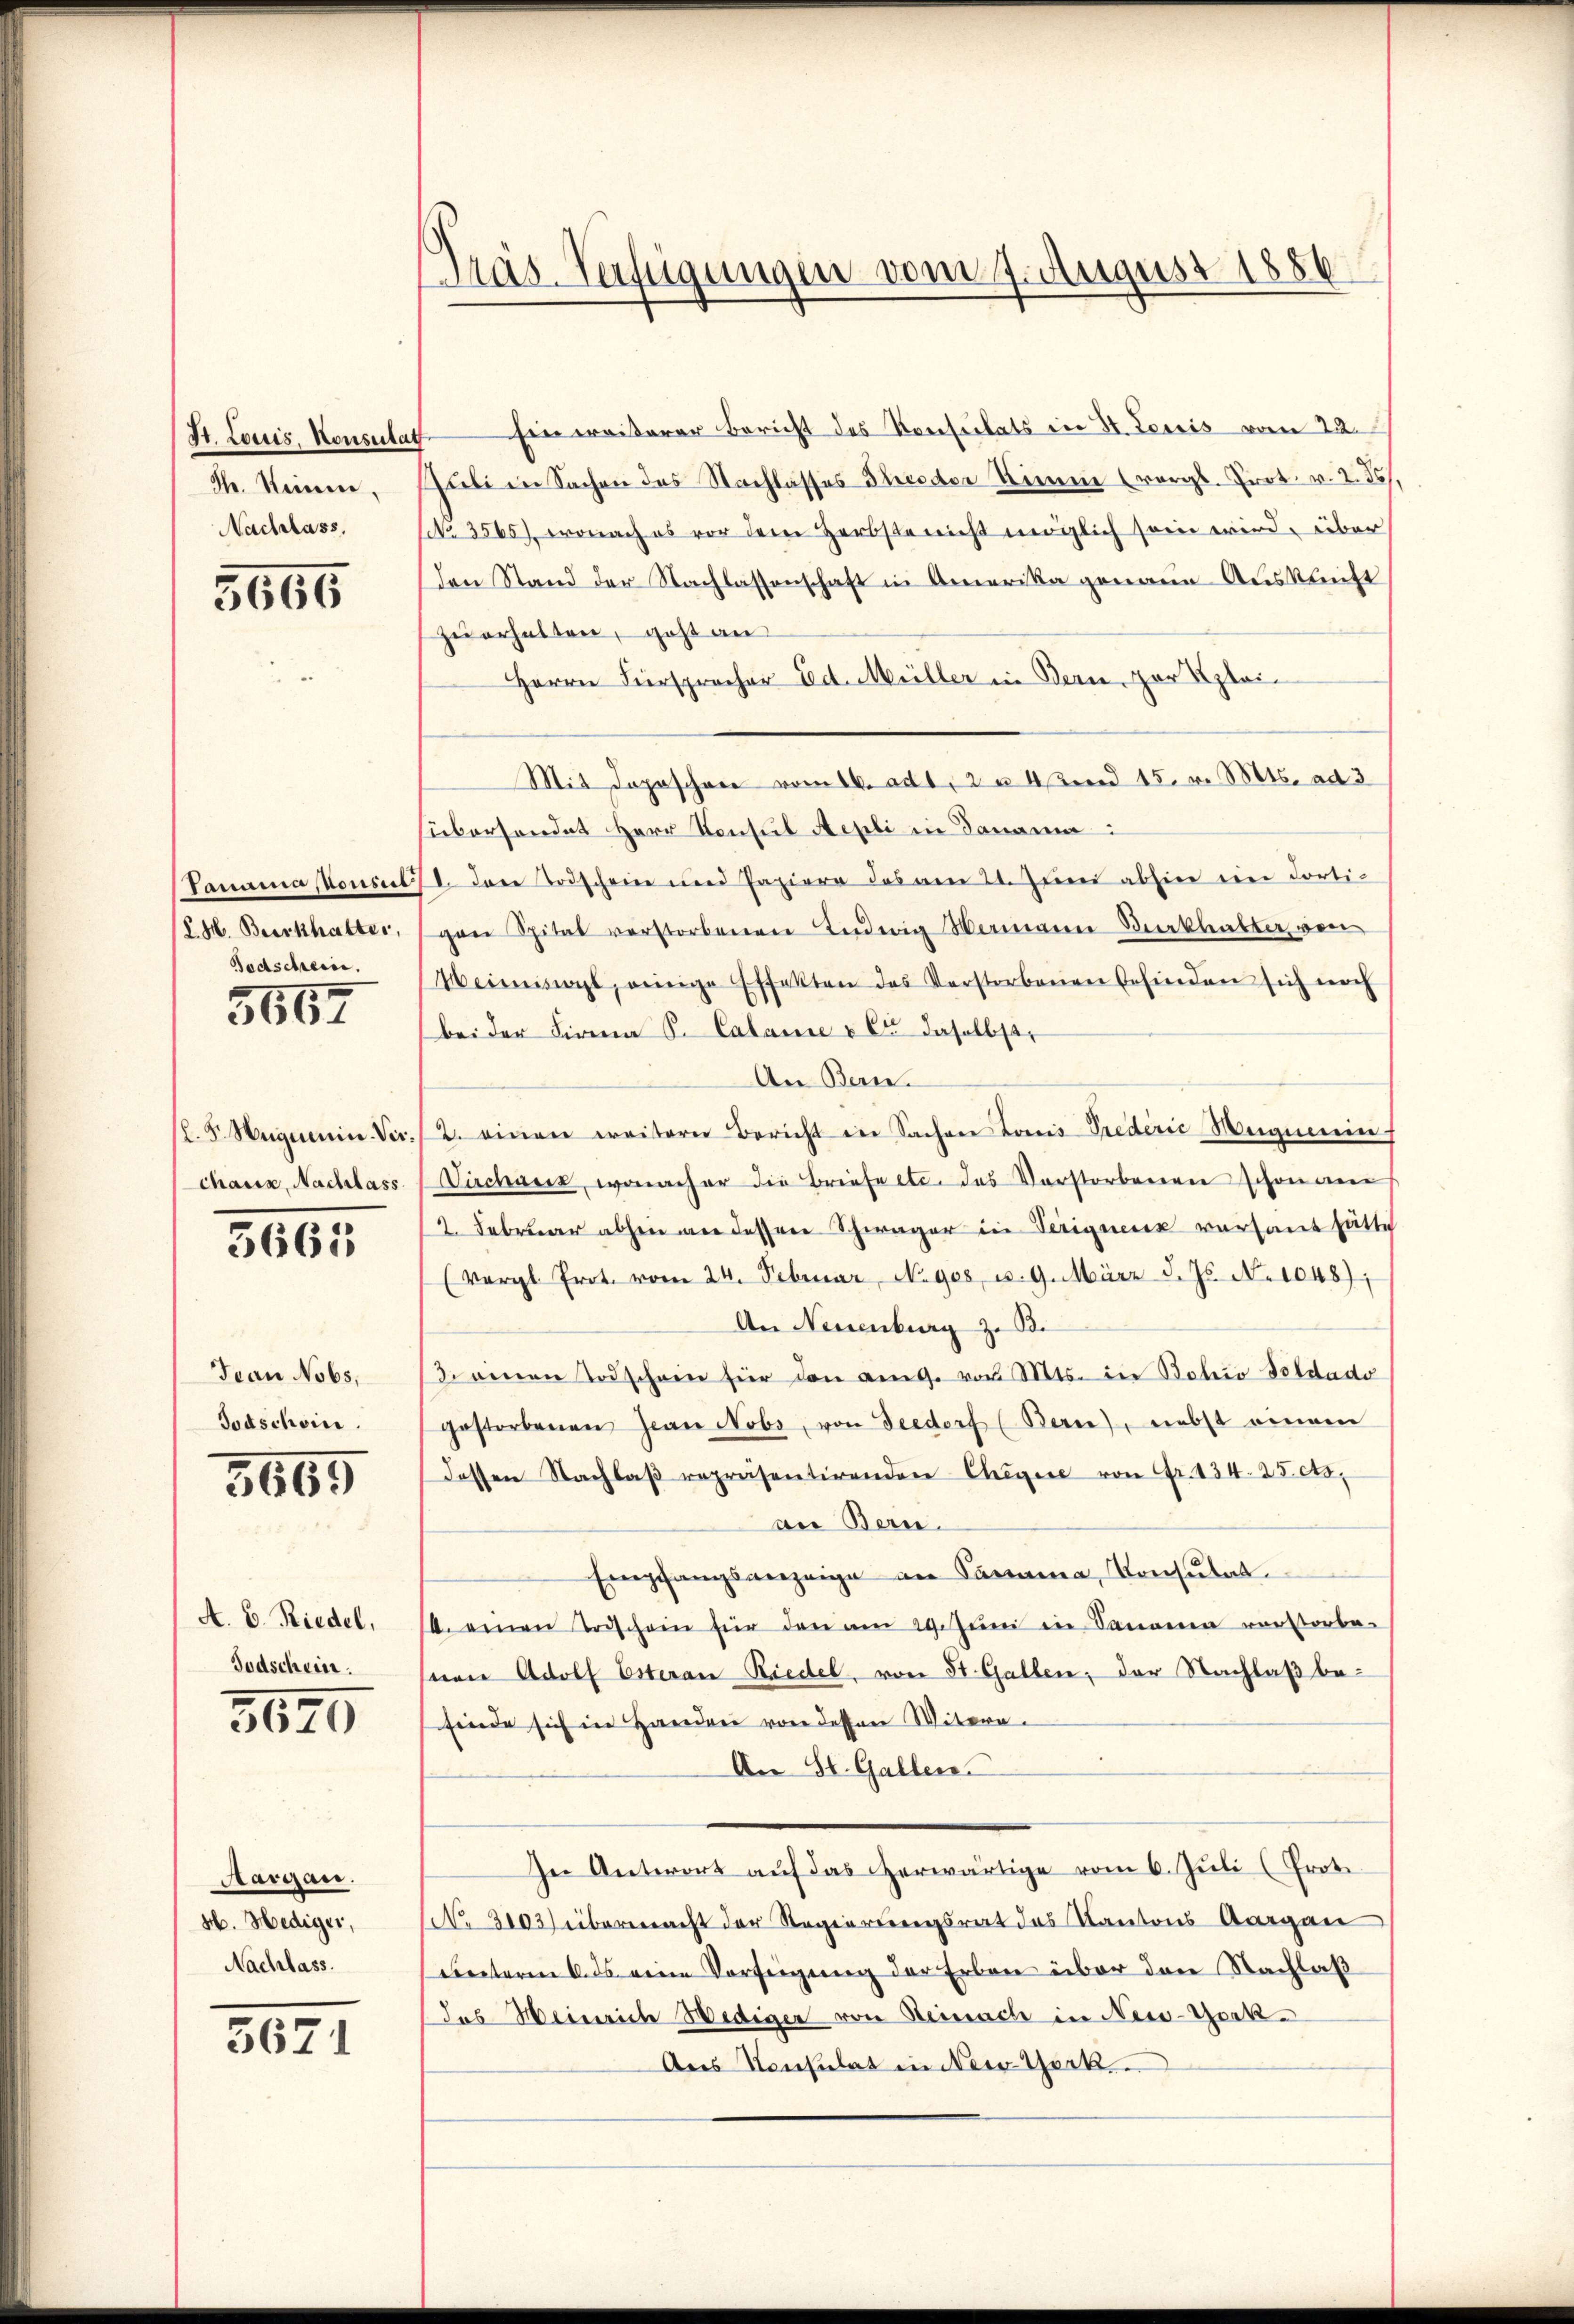
St. Louis, Konsulat
Sh. Steinen,
Nachlass.

5666

Tanama konsul
C. H. Burkhalter,
Todschein.

5667

l. S. Neiguenin-Verchaus, Nachlass

3665

Jean No 65,
Todschein.

5665

A. 6. Riedel,
Todschein.

5670

Aargau.
H. Hediger,
Nachlass.

5671

Präs-Verfügungen vom 7. August 1886

Ein weiterer Bericht des Konseilats in St. Louis vom 22.
huli in Sachen des Nachlasses Schieder Nimm (vergl. Prot. v. 2. 55).
NNo. 3565), wonach es vor dem Herbste nicht möglich sein wird, über
den Stand der Nachlassenschaft in Amerika genaue Auskunft
zu erhalten, geht an
Herrn Fürspracher Ed. Müller in Bern zur Klei¬
Mit Depeschen vom 16. ad 1, 2 u. 4 tend 15. v. Mts. ad 3
sübersendet Herr Konsul Aepli in Danama
I. Das Todschein und Papiere des am 21. Juni abhin ein Portigen Spital verstorbenen Anderig Wemann Beklatter von
Heimissagt, einige Effekten des Verstorbenen befinden sich noch
bei der Firma S. Calame & Cie daselbst,
An Bern.
2. einen weitern Bericht in Sachen Louis Prederić Megnerin
Dirchner, wonacher die Briefe etc. das Verstorbenen schon an
2. Februar abhen wie dessen Schwager in Veriquenz versant hatte
(vergl. Prot. vom 24. Februar, N. gos, u. 9. März d. Js. No 1048);
An Neuenburg z. B.
d einen Todschein für den ange von Mts. in Bolio Soldado
gestorbenen Jean Nobs, von Seedorf (Berne), nebst einem
dessen Nachlaβ repräsentirenden Cheger von Fr. 134. 25 cta,
an Bern.
Empfangsverzeige an Sarama, Konsŭtat
10. einen Todschein für den am 29. Juni in Saanen vorstorbe-
nen Adolf Esterau Riedel, von St. Gallen; der Nachlaß befinde sich in Handen von dessen Witera-
An St. Gallen.
In Antwort auf das herwärtige vom 6. Juli (Prot
(No 2103) übermacht der Regierungsrat das Kantons Aargau
unterm 6. ds eine Verfeigung der Erben über den Nachlaß
das Heinrich Wediger von Steinach in New-York¬
Aus Konsulat in New York